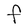
Character: F